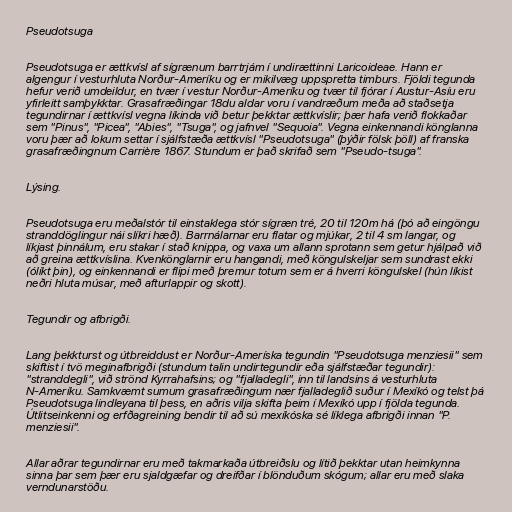
Pseudotsuga

Pseudotsuga er ættkvísl af sígrænum barrtrjám í undirættinni Laricoideae. Hann er
algengur í vesturhluta Norður-Ameríku og er mikilvæg uppspretta timburs. Fjöldi tegunda
hefur verið umdeildur, en tvær í vestur Norður-Ameríku og tvær til fjórar í Austur-Asíu eru
yfirleitt samþykktar. Grasafræðingar 18du aldar voru í vandræðum meða að staðsetja
tegundirnar í ættkvísl vegna líkinda við betur þekktar ættkvíslir; þær hafa verið flokkaðar
sem "Pinus", "Picea", "Abies", "Tsuga", og jafnvel "Sequoia". Vegna einkennandi könglanna
voru þær að lokum settar í sjálfstæða ættkvísl "Pseudotsuga" (þýðir fölsk þöll) af franska
grasafræðingnum Carrière 1867. Stundum er það skrifað sem "Pseudo-tsuga".

Lýsing.

Pseudotsuga eru meðalstór til einstaklega stór sígræn tré, 20 til 120m há (þó að eingöngu
stranddöglingur nái slíkri hæð). Barrnálarnar eru flatar og mjúkar, 2 til 4 sm langar, og
líkjast þinnálum, eru stakar í stað knippa, og vaxa um allann sprotann sem getur hjálpað við
að greina ættkvíslina. Kvenkönglarnir eru hangandi, með köngulskeljar sem sundrast ekki
(ólíkt þin), og einkennandi er flipi með þremur totum sem er á hverri köngulskel (hún líkist
neðri hluta músar, með afturlappir og skott).

Tegundir og afbrigði.

Lang þekkturst og útbreiddust er Norður-Ameríska tegundin "Pseudotsuga menziesii" sem
skiftist í tvö meginafbrigði (stundum talin undirtegundir eða sjálfstæðar tegundir):
"stranddegli", við strönd Kyrrahafsins; og "fjalladegli", inn til landsins á vesturhluta
N-Ameríku. Samkvæmt sumum grasafræðingum nær fjalladeglið suður í Mexíkó og telst þá
Pseudotsuga lindleyana til þess, en aðris vilja skifta þeim í Mexíkó upp í fjölda tegunda.
Útlitseinkenni og erfðagreining bendir til að sú mexíkóska sé líklega afbrigði innan "P.
menziesii".

Allar aðrar tegundirnar eru með takmarkaða útbreiðslu og lítið þekktar utan heimkynna
sinna þar sem þær eru sjaldgæfar og dreifðar í blönduðum skógum; allar eru með slaka
verndunarstöðu.